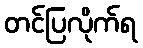
တင်ပြလိုက်ရ